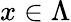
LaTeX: x\in\Lambda